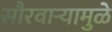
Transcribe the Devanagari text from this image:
सौरवार्‍यामुळे